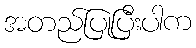
အတည်ပြုပြီးပါက